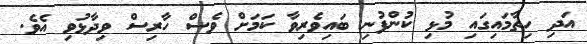
އަދި ހިތާމައިގައި މުޅި ކުންފުނި ބައިވެރިވާ ކަމަށް ވެސް ހާރިސް ވިދާޅުވި އެވެ.